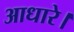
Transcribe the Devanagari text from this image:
आधारे।